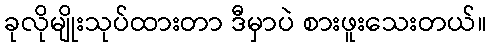
ခုလိုမျိုးသုပ်ထားတာ ဒီမှာပဲ စားဖူးသေးတယ်။